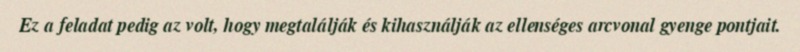
Ez a feladat pedig az volt, hogy megtalálják és kihasználják az ellenséges arcvonal gyenge pontjait.